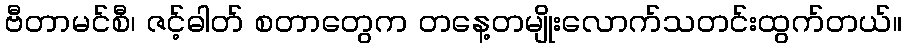
ဗီတာမင်စီ၊ ဇင့်ဓါတ် စတာတွေက တနေ့တမျိုးလောက်သတင်းထွက်တယ်။